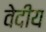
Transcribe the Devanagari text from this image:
वेदीय